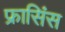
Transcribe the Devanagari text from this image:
फ्रासिंस